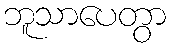
ဘူသာပေတွာ